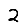
Digit: 2